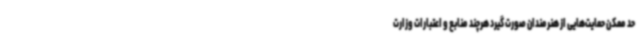
حد ممکن حمایت‌هایی از هنرمندان صورت گیرد هرچند منابع و اعتبارات وزارت